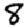
Digit: 8